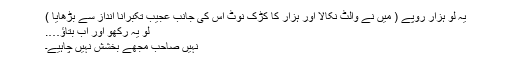
یہ لو ہزار روپے ( میں نے والٹ نکالا اور ہزار کا کڑک نوٹ اس کی جانب عجیب تکبرانا انداز سے بڑھایا )
لو یہ رکھو اور اب بتاؤ….
نہیں صاحب مجھے بخشش نہیں چاہیے۔